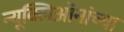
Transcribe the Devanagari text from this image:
न्यूक्लिऑनांच्या